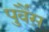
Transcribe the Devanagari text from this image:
पुर्वैस